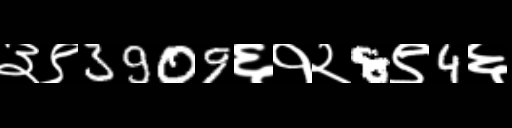
Text: ३९3909६१२8९4६